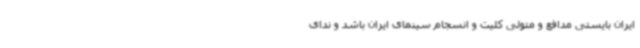
ایران بایستی مدافع و متولی کلیت و انسجام سینمای ایران باشد و ندای